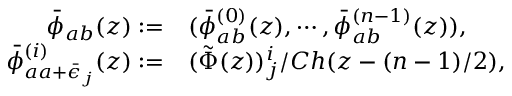
\begin{array} { r l } { { \bar { \phi } _ { a b } ( z ) : = } } & { { ( \bar { \phi } _ { a b } ^ { ( 0 ) } ( z ) , \cdots , \bar { \phi } _ { a b } ^ { ( n - 1 ) } ( z ) ) , } } \\ { { \bar { \phi } _ { a a + \bar { \epsilon } _ { j } } ^ { ( i ) } ( z ) : = } } & { { ( \tilde { \Phi } ( z ) ) _ { j } ^ { i } / C h ( z - ( n - 1 ) / 2 ) , } } \end{array}